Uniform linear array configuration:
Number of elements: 64
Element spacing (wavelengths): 0.75
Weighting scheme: exponential
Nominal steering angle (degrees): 30
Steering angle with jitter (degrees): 29.826
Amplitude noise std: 0.05
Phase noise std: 0.05

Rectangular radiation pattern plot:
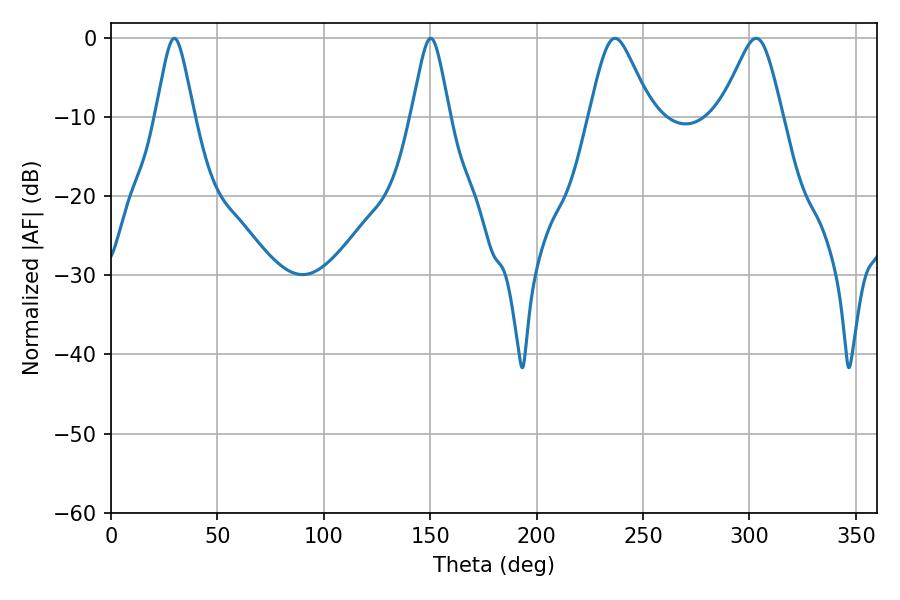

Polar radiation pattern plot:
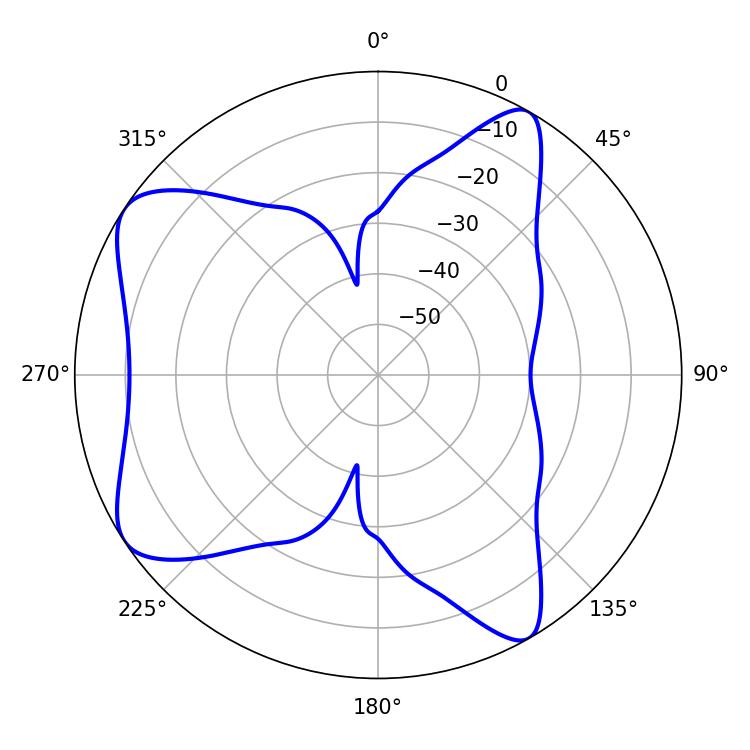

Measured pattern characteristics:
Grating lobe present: TRUE
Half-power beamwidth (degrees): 14.04
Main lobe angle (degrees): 236.88